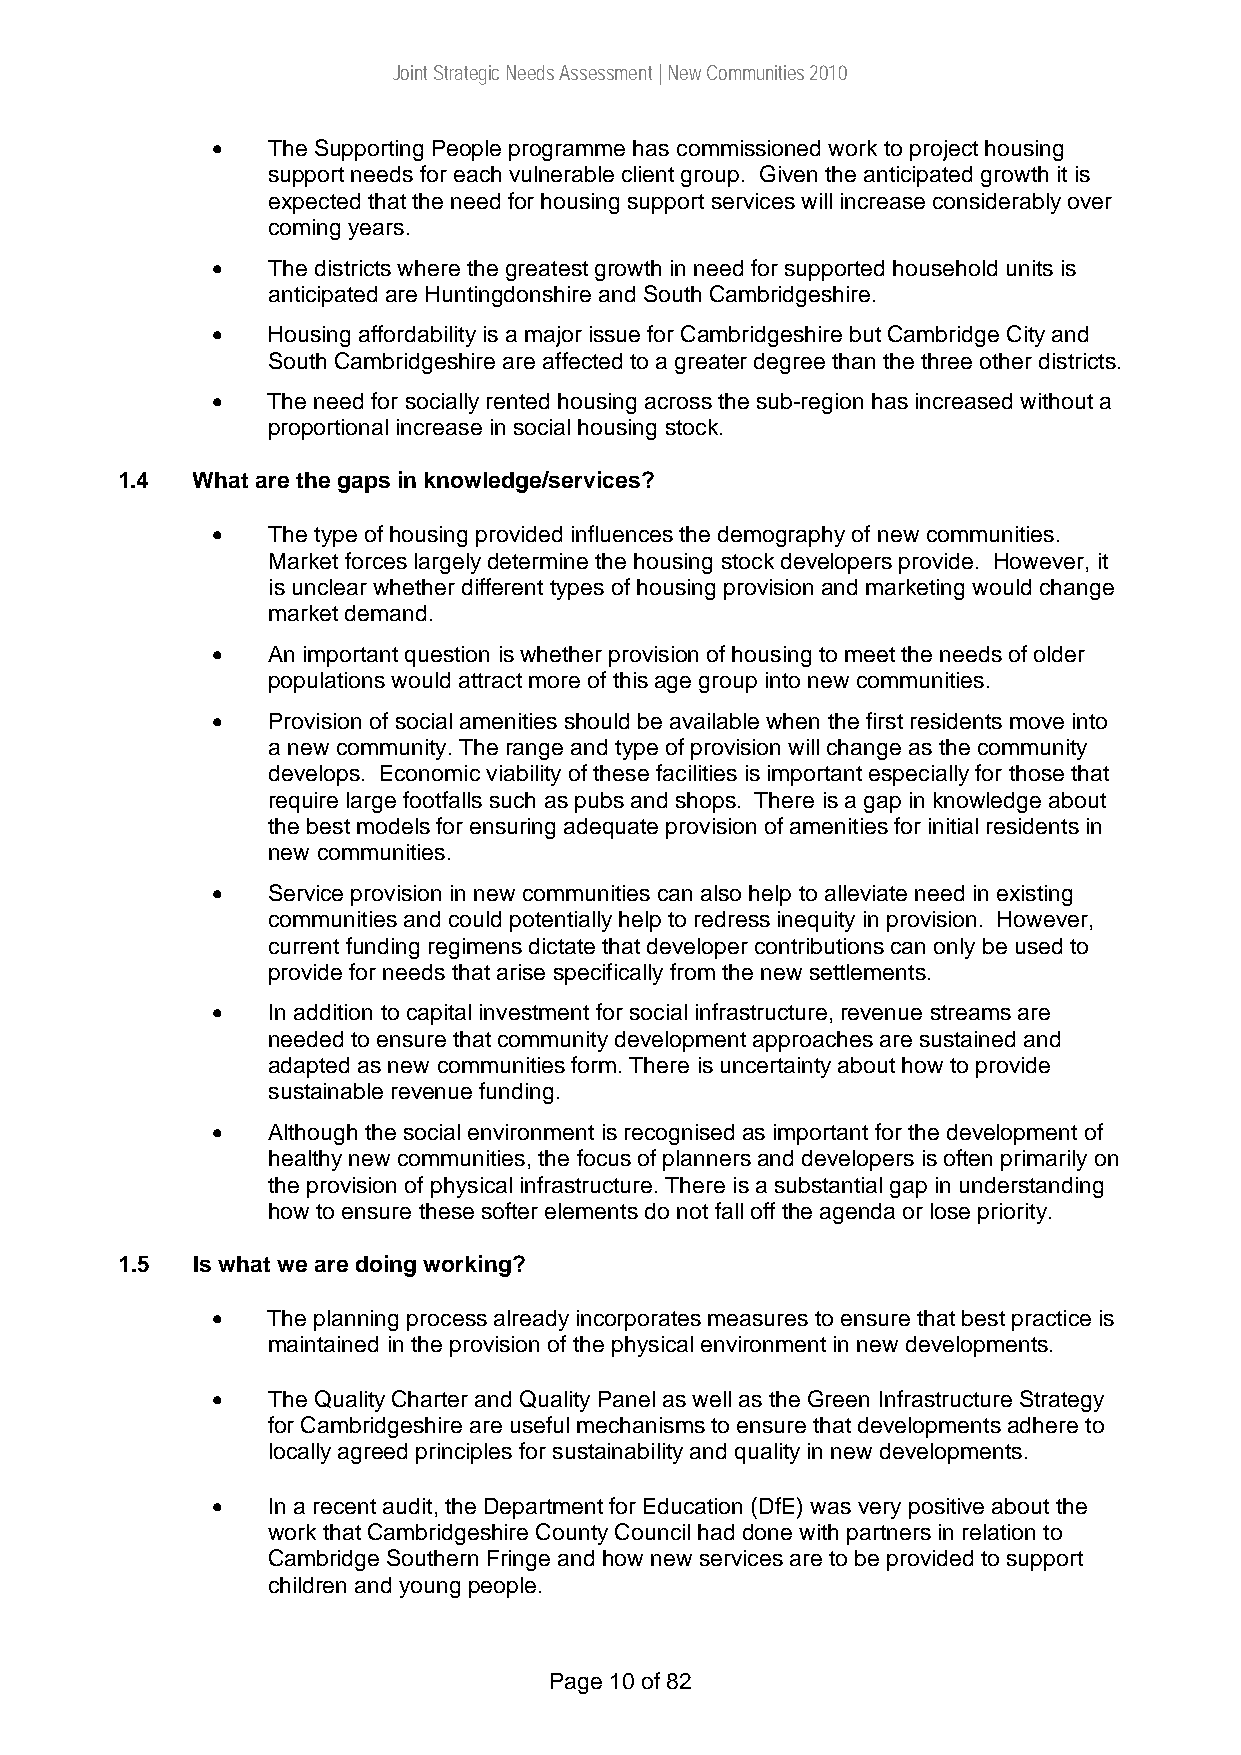
Joint Strategic Needs Assessment | New Communities 2010
 •   The Supporting People programme has commissioned work to project housing
 support needs for each vulnerable client group. Given the anticipated growth it is
 expected that the need for housing support services will increase considerably over
 coming years.
 •   The districts where the greatest growth in need for supported household units is
 anticipated are Huntingdonshire and South Cambridgeshire.
 •   Housing affordability is a major issue for Cambridgeshire but Cambridge City and
 South Cambridgeshire are affected to a greater degree than the three other districts.
 •   The need for socially rented housing across the sub-region has increased without a
 proportional increase in social housing stock.
 1.4  What are the gaps in knowledge/services?
 •   The type of housing provided influences the demography of new communities.
 Market forces largely determine the housing stock developers provide. However, it
 is unclear whether different types of housing provision and marketing would change
 market demand.
 •   An important question is whether provision of housing to meet the needs of older
 populations would attract more of this age group into new communities.
 •   Provision of social amenities should be available when the first residents move into
 a new community. The range and type of provision will change as the community
 develops. Economic viability of these facilities is important especially for those that
 require large footfalls such as pubs and shops. There is a gap in knowledge about
 the best models for ensuring adequate provision of amenities for initial residents in
 new communities.
 •   Service provision in new communities can also help to alleviate need in existing
 communities and could potentially help to redress inequity in provision. However,
 current funding regimens dictate that developer contributions can only be used to
 provide for needs that arise specifically from the new settlements.
 •   In addition to capital investment for social infrastructure, revenue streams are
 needed to ensure that community development approaches are sustained and
 adapted as new communities form. There is uncertainty about how to provide
 sustainable revenue funding.
 •   Although the social environment is recognised as important for the development of
 healthy new communities, the focus of planners and developers is often primarily on
 the provision of physical infrastructure. There is a substantial gap in understanding
 how to ensure these softer elements do not fall off the agenda or lose priority.
 1.5  Is what we are doing working?
 •   The planning process already incorporates measures to ensure that best practice is
 maintained in the provision of the physical environment in new developments.
 •   The Quality Charter and Quality Panel as well as the Green Infrastructure Strategy
 for Cambridgeshire are useful mechanisms to ensure that developments adhere to
 locally agreed principles for sustainability and quality in new developments.
 •   In a recent audit, the Department for Education (DfE) was very positive about the
 work that Cambridgeshire County Council had done with partners in relation to
 Cambridge Southern Fringe and how new services are to be provided to support
 children and young people.
 Page 10 of 82